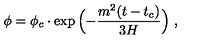
\phi = \phi _ { c } \cdot \exp { \Bigl ( - { \frac { m ^ { 2 } ( t - t _ { c } ) } { 3 H } } \Bigr ) } \ ,